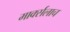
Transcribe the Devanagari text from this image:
मार्क्‍सलाच